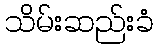
သိမ်းဆည်းခံ